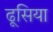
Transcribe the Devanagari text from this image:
ढूसिया